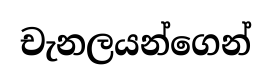
චැනලයන්ගෙන්